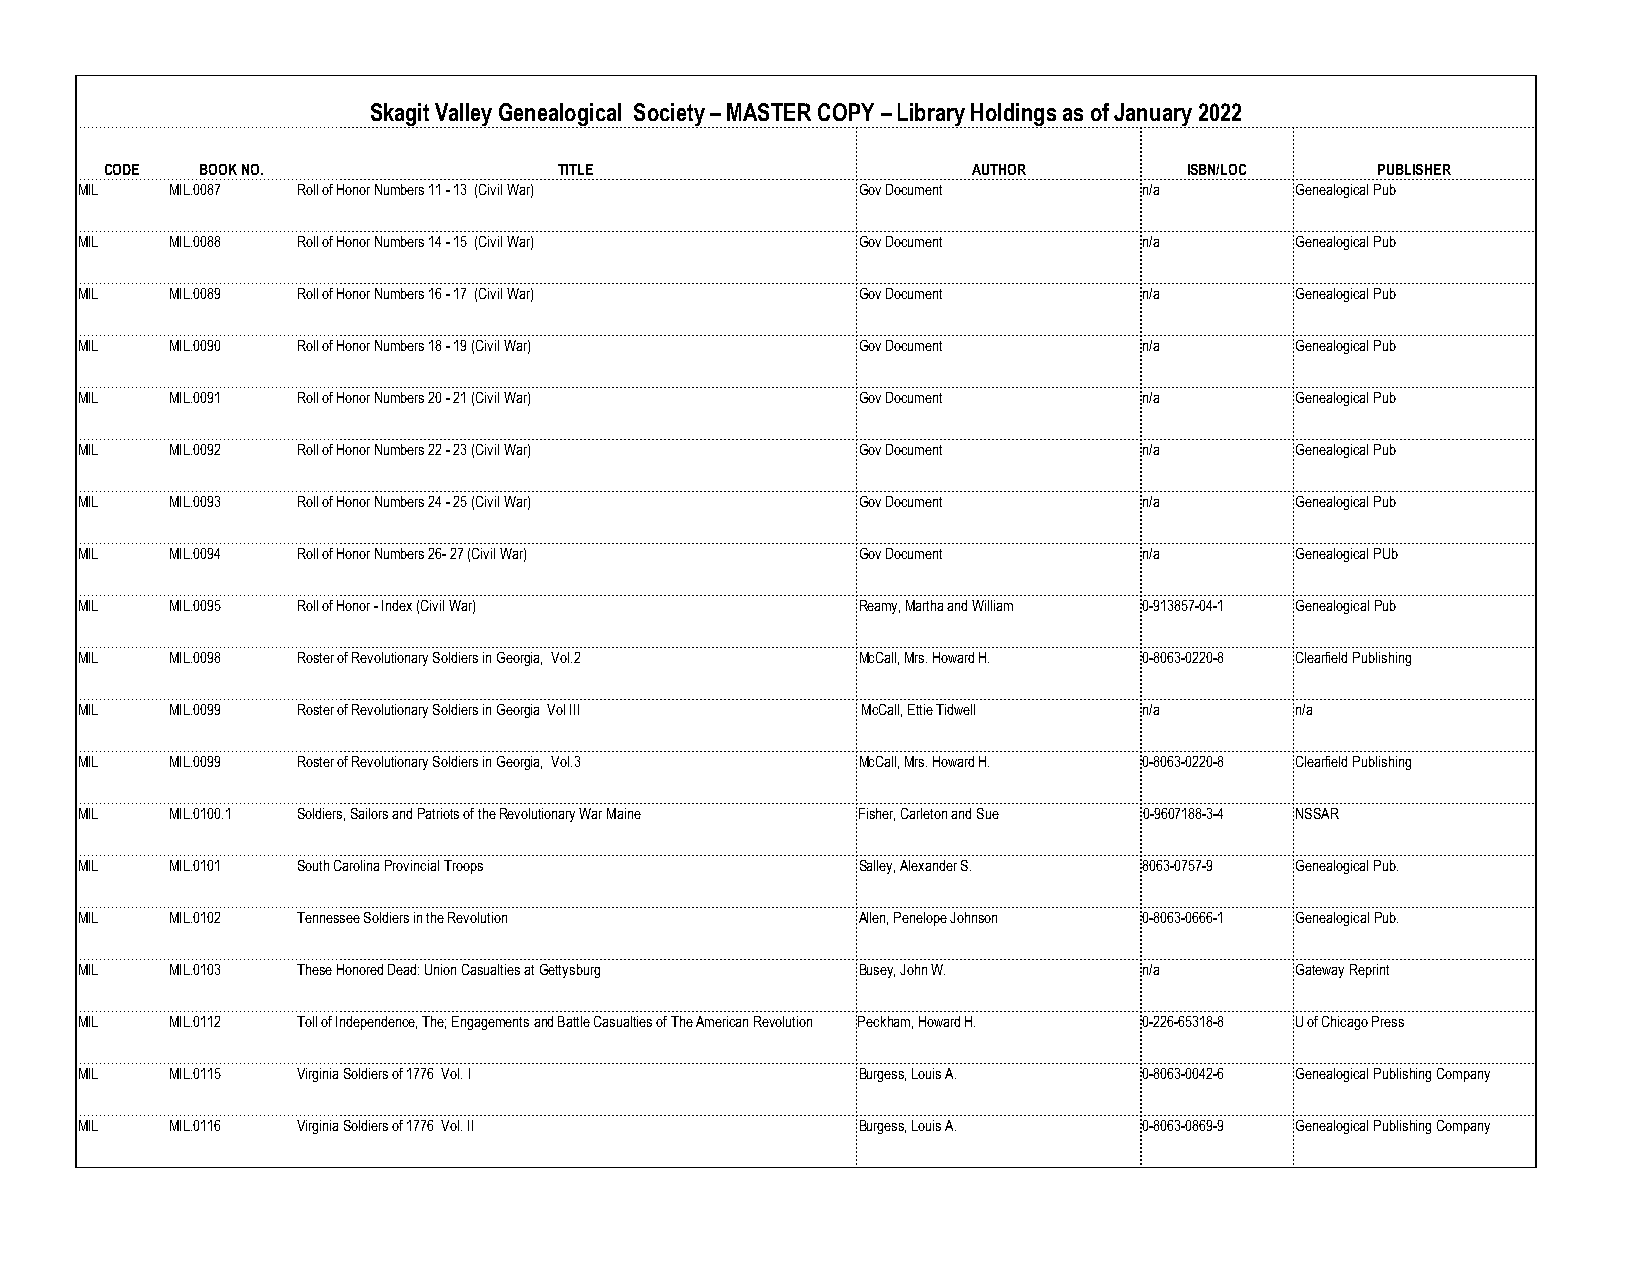
Skagit Valley Genealogical Society – MASTER COPY – Library Holdings as of January 2022
 CODE  BOOK NO.                TITLE                      AUTHOR         ISBN/LOC    PUBLISHER
 MIL   MIL.0087 Roll of Honor Numbers 11 - 13 (Civil War) Gov Document  n/a       Genealogical Pub
 MIL   MIL.0088 Roll of Honor Numbers 14 - 15 (Civil War) Gov Document  n/a       Genealogical Pub
 MIL   MIL.0089 Roll of Honor Numbers 16 - 17 (Civil War) Gov Document  n/a       Genealogical Pub
 MIL   MIL.0090 Roll of Honor Numbers 18 - 19 (Civil War) Gov Document  n/a       Genealogical Pub
 MIL   MIL.0091 Roll of Honor Numbers 20 - 21 (Civil War) Gov Document  n/a       Genealogical Pub
 MIL   MIL.0092 Roll of Honor Numbers 22 - 23 (Civil War) Gov Document  n/a       Genealogical Pub
 MIL   MIL.0093 Roll of Honor Numbers 24 - 25 (Civil War) Gov Document  n/a       Genealogical Pub
 MIL   MIL.0094 Roll of Honor Numbers 26- 27 (Civil War) Gov Document   n/a       Genealogical PUb
 MIL   MIL.0095 Roll of Honor - Index (Civil War)    Reamy, Martha and William 0-913857-04-1 Genealogical Pub
 MIL   MIL.0098 Roster of Revolutionary Soldiers in Georgia, Vol.2 McCall, Mrs. Howard H. 0-8063-0220-8 Clearfield Publishing
 MIL   MIL.0099 Roster of Revolutionary Soldiers in Georgia Vol III McCall, Ettie Tidwell n/a n/a
 MIL   MIL.0099 Roster of Revolutionary Soldiers in Georgia, Vol.3 McCall, Mrs. Howard H. 0-8063-0220-8 Clearfield Publishing
 MIL   MIL.0100.1 Soldiers, Sailors and Patriots of the Revolutionary War Maine Fisher, Carleton and Sue 0-9607188-3-4 NSSAR
 MIL   MIL.0101 South Carolina Provincial Troops     Salley, Alexander S. 8063-0757-9 Genealogical Pub.
 MIL   MIL.0102 Tennessee Soldiers in the Revolution Allen, Penelope Johnson 0-8063-0666-1 Genealogical Pub.
 MIL   MIL.0103 These Honored Dead: Union Casualties at Gettysburg Busey, John W. n/a Gateway Reprint
 MIL   MIL.0112 Toll of Independence, The; Engagements and Battle Casualties of The American Revolution Peckham, Howard H. 0-226-65318-8 U of Chicago Press
 MIL   MIL.0115 Virginia Soldiers of 1776 Vol. I     Burgess, Louis A.  0-8063-0042-6 Genealogical Publishing Company
 MIL   MIL.0116 Virginia Soldiers of 1776 Vol. II    Burgess, Louis A.  0-8063-0869-9 Genealogical Publishing Company